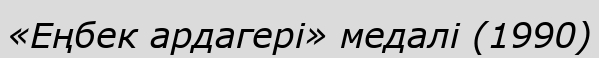
«Еңбек ардагері» медалі (1990)